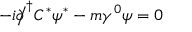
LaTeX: - i { \partial \! \! \! { \big / } } ^ { \dagger } C ^ { * } \psi ^ { * } - m \gamma ^ { 0 } \psi = 0